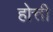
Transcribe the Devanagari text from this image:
होत्ती